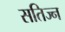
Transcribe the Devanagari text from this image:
सतिज्न